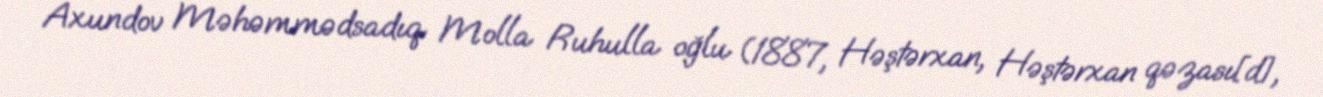
Axundov Məhəmmədsadıq Molla Ruhulla oğlu (1887, Həştərxan, Həştərxan qəzası[d],